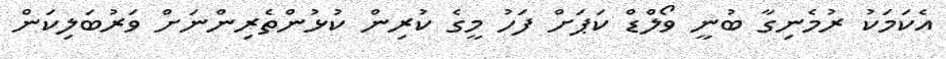
އެކަމަކު ރުމެނިގާ ބުނީ ވޯލްޑް ކަޕަށް ފަހު މީގެ ކުރިން ކުޅުންތެރިންނަށް ވަރުބަލިކަން